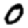
Digit: 0